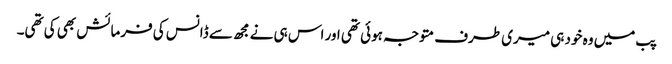
پب میں وہ خود ہی میری طرف متوجہ ہوئی تھی اور اس ہی نے مجھ سے ڈانس کی فرمائش بھی کی تھی۔